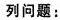
列问题：